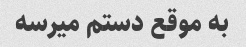
به موقع دستم میرسه